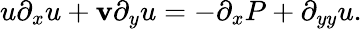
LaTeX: u\partial_{x}u+\mathbf{v}\partial_{y}u=-\partial_{x}P+\partial_{yy}u.